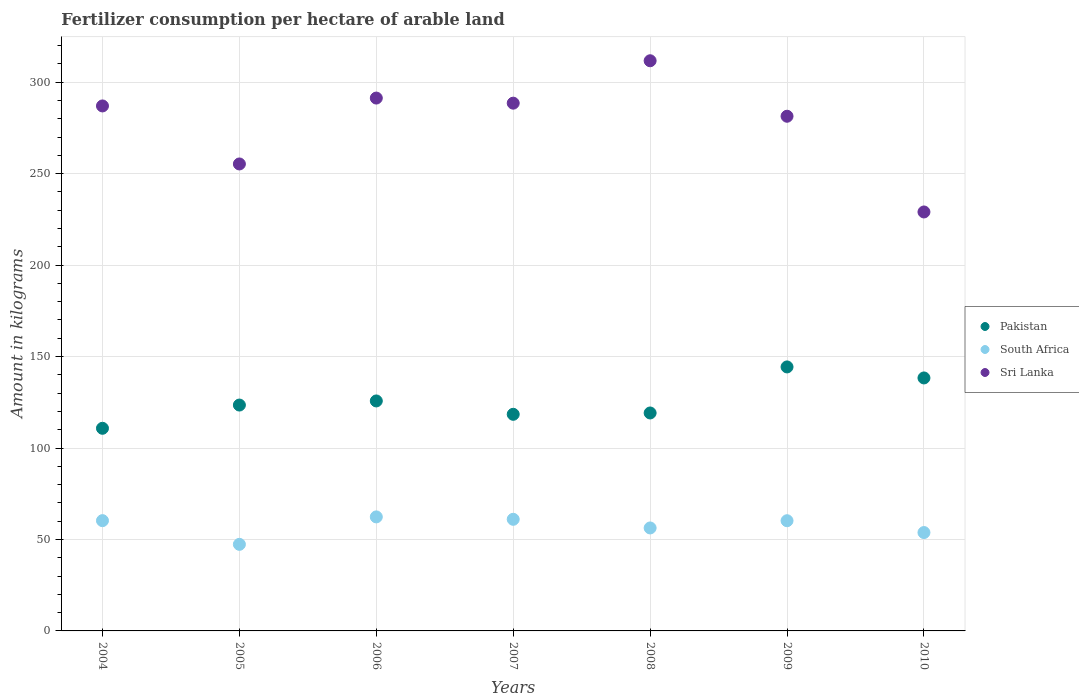
| Years | Pakistan | South Africa | Sri Lanka |
 | --- | --- | --- | --- |
 | 2004 | 111 | 60.3 | 287 |
 | 2005 | 123 | 47.3 | 255 |
 | 2006 | 126 | 62.3 | 291 |
 | 2007 | 118 | 61 | 289 |
 | 2008 | 119 | 56.3 | 312 |
 | 2009 | 144 | 60.2 | 281 |
 | 2010 | 138 | 53.8 | 229 |